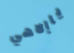
ياإلاهي